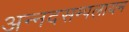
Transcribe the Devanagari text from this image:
अन्नदसम्पलायम